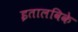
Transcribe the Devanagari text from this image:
इतालविके